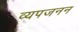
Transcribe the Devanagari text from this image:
व्‍यपजनन